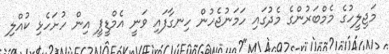
މަޖިލީހުގެ މެމްބަރުންގެ މެދުގައި ހަމަނުޖެހުން ހިނގާފައި ވަނީ އެމްޑީޕީ އިން ހުށަހެޅި ކުއްލި